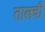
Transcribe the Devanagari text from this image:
तालची